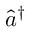
\widehat { a } ^ { \dagger }